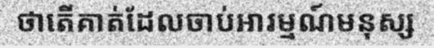
ថាតើគាត់ដែលចាប់អារម្មណ៍មនុស្ស